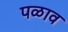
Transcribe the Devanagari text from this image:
पळाव